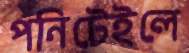
পনিটেইলে